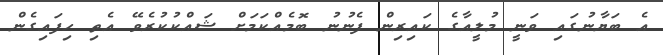
އެ ބަޔާނުގައި ވަނީ މުލީއާގެ ކައިރިން ފެނުނު ބޮމެއްކަމަށް ޝައްކުކުރެވޭ އެތި ހިފައިގެން